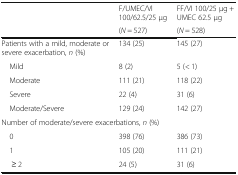
| <ROWSPAN=2>  | F/UMEC/VI 100/62.5/25 μg | FF/VI 100/25 μg + UMEC 62.5 μg |
 | (N = 527) | (N = 528) |
 | --- | --- | --- |
 | Patients with a mild, moderate or severe exacerbation, n (%) | 134 (25) | 145 (27) |
 | Mild | 8 (2) | 5 (< 1) |
 | Moderate | 111 (21) | 118 (22) |
 | Severe | 22 (4) | 31 (6) |
 | Moderate/Severe | 129 (24) | 142 (27) |
 | <COLSPAN=3> Number of moderate/severe exacerbations, n (%) |
 | 0 | 398 (76) | 386 (73) |
 | 1 | 105 (20) | 111 (21) |
 | ≥ 2 | 24 (5) | 31 (6) |